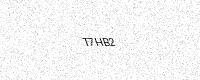
Text: T7HB2